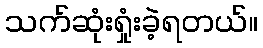
သက်ဆုံးရှုံးခဲ့ရတယ်။